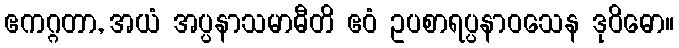
ဧကဂ္ဂတာ, အယံ အပ္ပနာသမာဓီတိ ဧဝံ ဥပစာရပ္ပနာဝသေန ဒုဝိဓော။